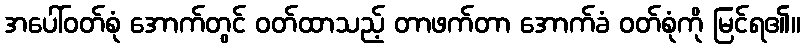
အပေါ်ဝတ်စုံ အောက်တွင် ဝတ်ထာသည့် တာဖက်တာ အောက်ခံ ဝတ်စုံကို မြင်ရ၏။